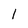
Character: 1